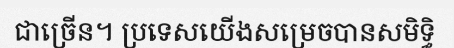
ជាច្រើន។ ប្រទេសយើងសម្រេចបានសមិទ្ធិ